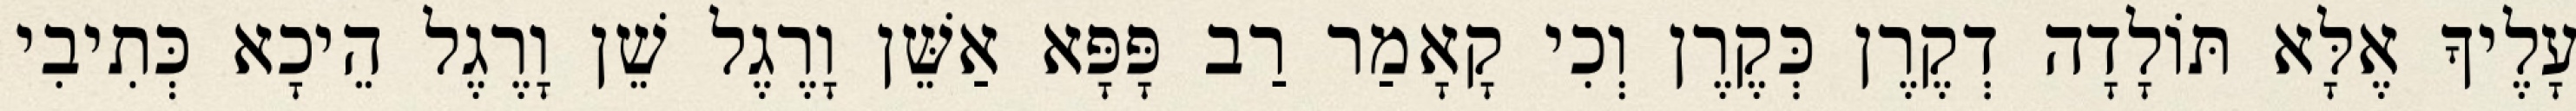
עָלֶיךָ אֶלָּא תּוֹלָדָה דְקֶרֶן כְּקֶרֶן וְכִי קָאָמַר רַב פָּפָּא אַשֵּׁן וָרֶגֶל שֵׁן וָרֶגֶל הֵיכָא כְּתִיבִי